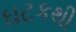
ઘટકથી